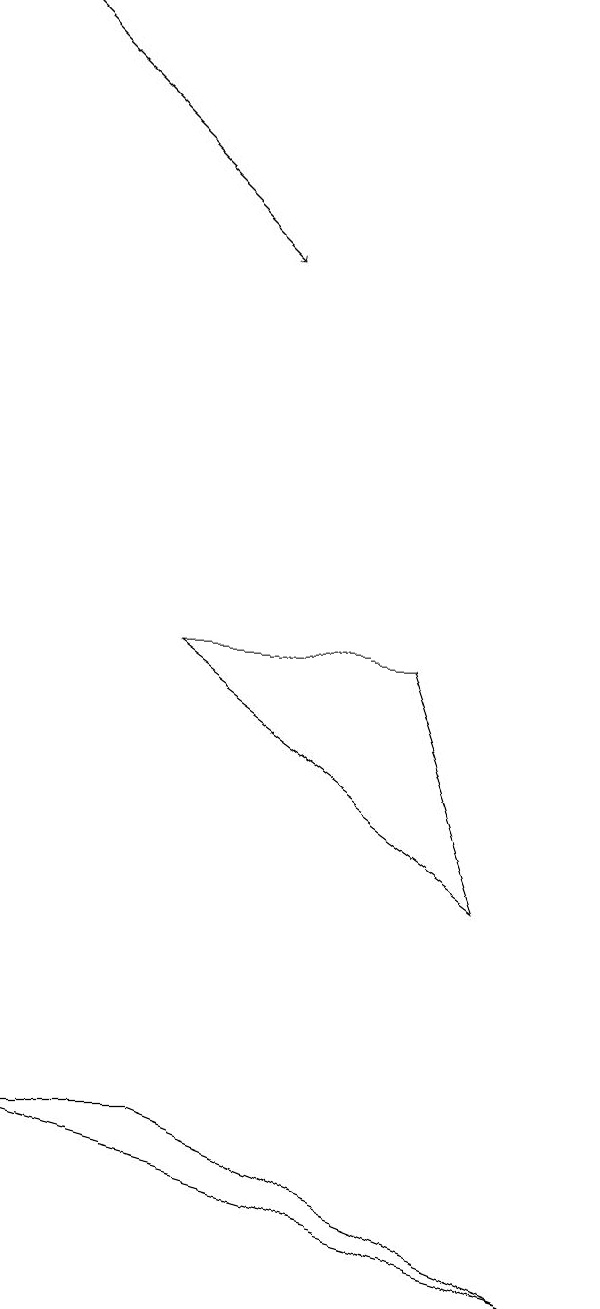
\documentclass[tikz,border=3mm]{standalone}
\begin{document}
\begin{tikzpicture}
\draw[->] (2,17) -- (5,14);
\draw (4,3) -- (9,1) -- (2,3) -- cycle;
\draw (4,9) -- (8,6) -- (7,9) -- cycle;
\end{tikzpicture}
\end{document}